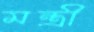
মন্ত্রী